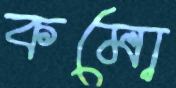
কমো